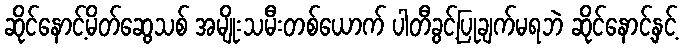
ဆိုင်နောင့်မိတ်ဆွေသစ် အမျိုးသမီးတစ်ယောက် ပါတီခွင့်ပြုချက်မရဘဲ ဆိုင်နောင့်နှင့်